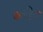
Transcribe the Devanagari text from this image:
कन्नड़िगा